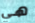
هي